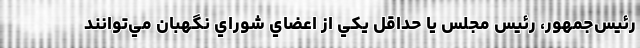
رئيس‌جمهور، رئيس مجلس يا حداقل يکي از اعضاي شوراي نگهبان مي‌توانند